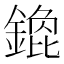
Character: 𲇚